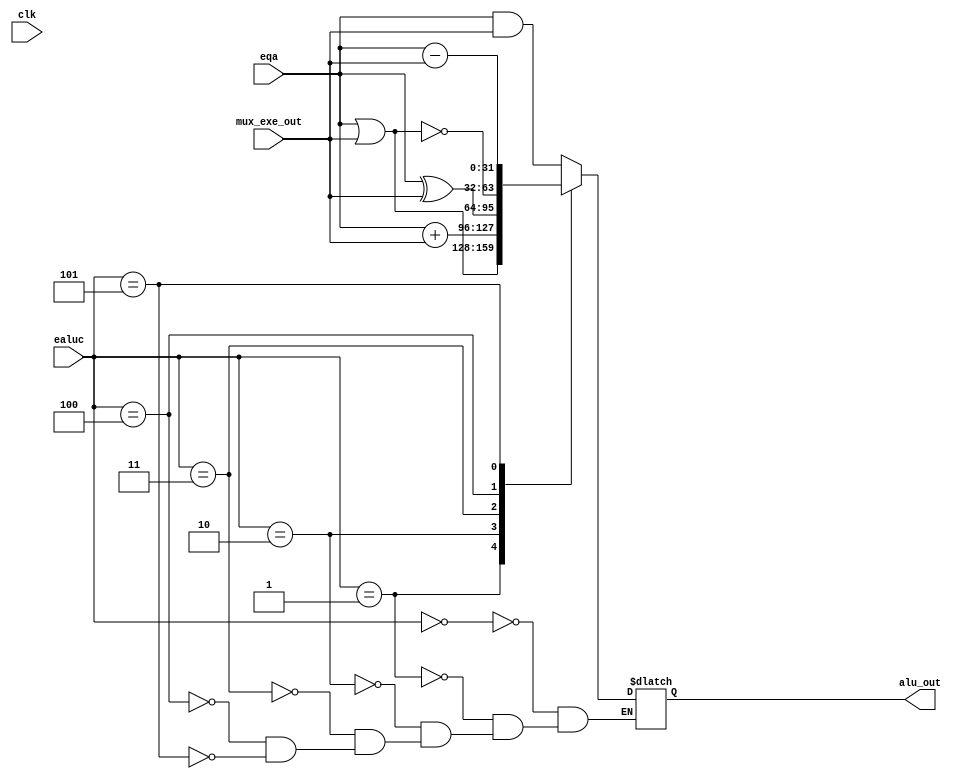
`timescale 1ns / 1ps
//////////////////////////////////////////////////////////////////////////////////
// Company: 
// Engineer: 
// 
// Design Name: junwoo seo
// Module Name: alu
// Project Name: mips
// Target Devices: 
// Tool Versions: 
// Description: 
// 
// Dependencies: 
// 
// Revision:
// Revision 0.01 - File Created
// Additional Comments:
// 
//////////////////////////////////////////////////////////////////////////////////


module alu(
input clk,
input [31:0] eqa,
input [31:0] mux_exe_out,
input [3:0] ealuc,
output reg [31:0] alu_out
);

always@(*)
begin
case (ealuc)
'b0000: alu_out <= eqa&mux_exe_out; //and
'b0001: alu_out <= eqa|mux_exe_out; //or
'b0010: alu_out <= eqa+mux_exe_out; // add
'b0011: alu_out <= eqa^mux_exe_out; // xor
'b0100: alu_out <= ~(eqa|mux_exe_out); //
'b0101: alu_out <= eqa - mux_exe_out; // sub



endcase
end



endmodule